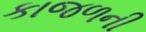
કાજળની